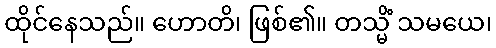
ထိုင်နေသည်။ ဟောတိ၊ ဖြစ်၏။ တသ္မိံ သမယေ၊